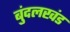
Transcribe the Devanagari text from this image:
बुंदलखंड